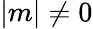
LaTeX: |m|\ne 0